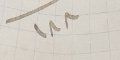
١٨٨